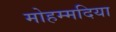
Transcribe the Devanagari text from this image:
मोहम्मदिया